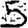
Digit: 5